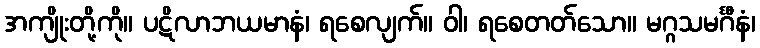
အကျိုးတို့ကို။ ပဋိလာဘယမာနံ၊ ရစေလျက်။ ဝါ၊ ရစေတတ်သော။ မဂ္ဂသမင်္ဂီနံ၊